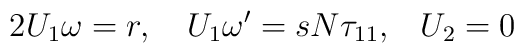
2{U_{1}\omega } =r,\quad {U_{1}}{\omega^{\prime }}=s{N}{\tau_{11},}\quad {U_{2}}={0}